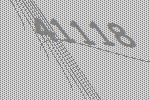
41118